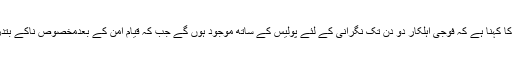
اس ضمن میں ایس ایس پی آپریشن جاوید اقبال کا کہنا ہے کہ فوجی اہلکار دو دن تک نگرانی کے لئے پولیس کے ساتھ موجود ہوں گے جب کہ قیام امن کے بعدمخصوص ناکے بتدریج سول انتظامیہ کے حوالے کئے جائیں گے۔